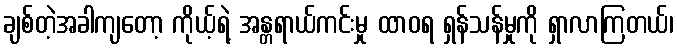
ချစ်တဲ့အခါကျတော့ ကိုယ့်ရဲ့ အန္တရာယ်ကင်းမှု ထာဝရ ရှန်သန်မှုကို ရှာလာကြတယ်၊